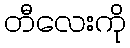
တီလေးကို